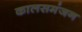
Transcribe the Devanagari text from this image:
कालसमंजन